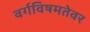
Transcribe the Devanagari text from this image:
वर्गविषमतेवर